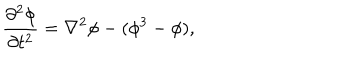
\frac { \partial ^ { 2 } \phi } { \partial t ^ { 2 } } = \nabla ^ { 2 } \phi - ( \phi ^ { 3 } - \phi ) ,